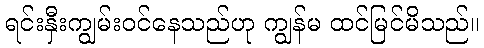
ရင်းနှီးကျွမ်းဝင်နေသည်ဟု ကျွန်မ ထင်မြင်မိသည်။